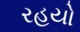
રહયો